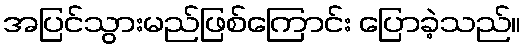
အပြင်သွားမည်ဖြစ်ကြောင်း ပြောခဲ့သည်။